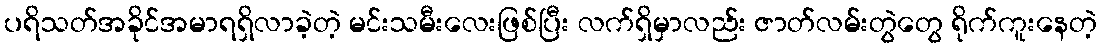
ပရိသတ်အခိုင်အမာရရှိလာခဲ့တဲ့ မင်းသမီးလေးဖြစ်ပြီး လက်ရှိမှာလည်း ဇာတ်လမ်းတွဲတွေ ရိုက်ကူးနေတဲ့